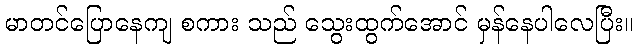
မာတင်ပြောနေကျ စကား သည် သွေးထွက်အောင် မှန်နေပါလေပြီး။